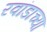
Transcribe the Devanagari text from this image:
रवांडाच्‍या